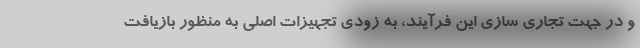
و در جهت تجاری سازی این فرآیند، به زودی تجهیزات اصلی به منظور بازیافت